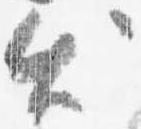
出